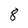
Character: 8